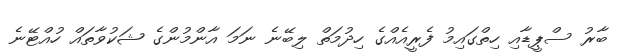
ބާރު ސްޕީޑާއި ހިތްގައިމު ފެރީއެއްގެ ހިދުމަތް ލިބޭނެ ނަމަ އާންމުންގެ ޝަކުވާތައް ހުއްޓޭނެ